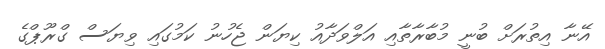
އޭނާ އިތުރަށް ބުނީ މުބާރާތާއި އަލްވަދާއު ކިޔަން ޖެހުނު ކަމުގައި ވިޔަސް ގްރޫޕްގެ